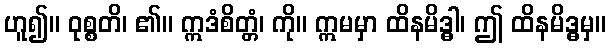
ဟူ၍။ ဝုစ္စတိ၊ ၏။ ဣဒံစိတ္တံ၊ ကို။ ဣမမှာ ထိနမိဒ္ဓါ၊ ဤ ထိနမိဒ္ဓမှ။